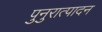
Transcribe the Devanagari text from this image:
पुनुरात्पादन